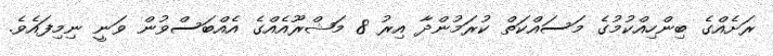
ރަށެއްގެ ބިންހިއްކުމުގެ މަސައްކަތް ކުރަމުންދާ އިރު 8 މަޝްރޫއެއްގެ އެއްބަސްވުން ވަނީ ނިމިފައެވެ.